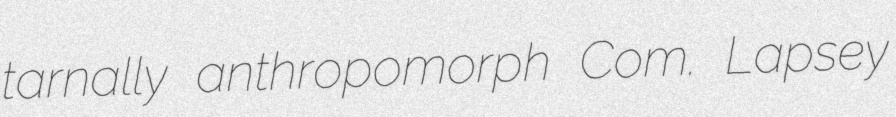
tarnally anthropomorph Com. Lapsey